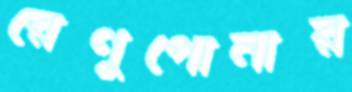
রেণুপোনার